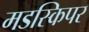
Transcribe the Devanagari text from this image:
मडस्किपर